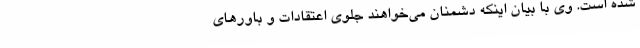
شده است. وی با بیان اینکه دشمنان می‌خواهند جلوی اعتقادات و باورهای